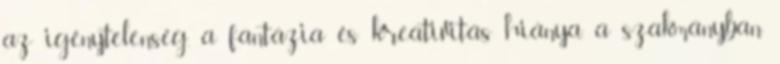
az igénytelenség, a fantázia és kreativitás hiánya, a szakmányban